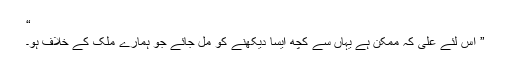
“
” اس لئے علی کہ ممکن ہے یہاں سے کچھ ایسا دیکھنے کو مل جائے جو ہمارے ملک کے خلاف ہو۔